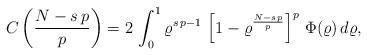
LaTeX: \begin{align*}C\left(\frac{N-s\,p}{p}\right)=2\,\int_0^1 \varrho^{s\,p-1}\,\left[1-\varrho^\frac{N-s\,p}{p}\right]^{p}\, \Phi(\varrho)\,d\varrho,\end{align*}